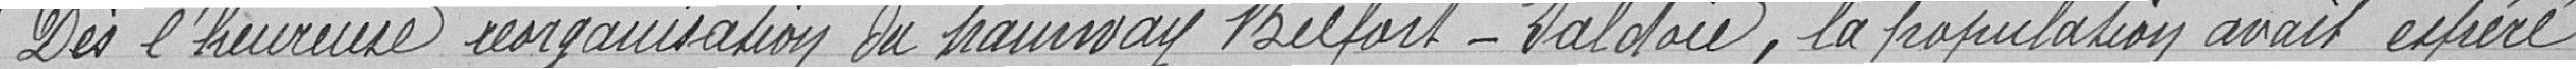
Dès l'heureuse réorganisation du tramway Belfort-Valdoie, la population avait espéré